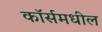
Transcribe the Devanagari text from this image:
कॉर्समधील